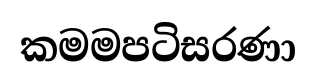
කමමපටිසරණා